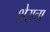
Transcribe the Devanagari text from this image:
शेराचा